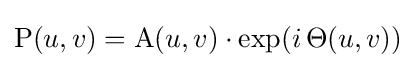
\mathrm {P} (u,v)=\mathrm {A} (u,v)\cdot \mathrm {exp} (i\,\mathrm {\Theta } (u,v))